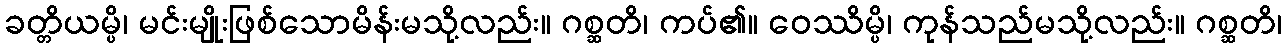
ခတ္တိယမ္ပိ၊ မင်းမျိုးဖြစ်သောမိန်းမသို့လည်း။ ဂစ္ဆတိ၊ ကပ်၏။ ဝေဿိမ္ပိ၊ ကုန်သည်မသို့လည်း။ ဂစ္ဆတိ၊